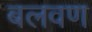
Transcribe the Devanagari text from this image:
बलवण